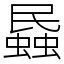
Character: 蟁